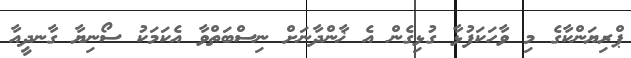
ޕްރިޔަންކާގެ މި ވާހަކަފުޅާ ގުޅިގެން އެ ޚާންދާނަށް ނިސްބަތްވާ އެކަމަކު ސޯނިޔާ ގާނދީއާ